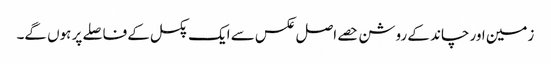
زمین اور چاند کے روشن حصے اصل عکس سے ایک پکسل کے فاصلے پر ہوں گے۔